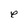
Character: e